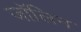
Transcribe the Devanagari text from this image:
जॉलिन